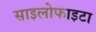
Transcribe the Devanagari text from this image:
साइलोफाइटा